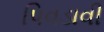
પિવડાવી